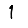
Digit: 1